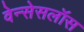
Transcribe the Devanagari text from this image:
वेन्सेसलॉस